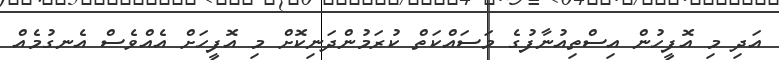
އަދި މި އޮފީހުން އިސްތިއުނާފުގެ މަސައްކަތް ކުރަމުންދަނިކޮށް މި އޮފީހަށް އެއްވެސް އެނގުމެއް